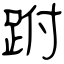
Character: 跗